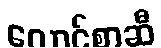
လောင်စာဆီ